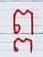
ព្ព